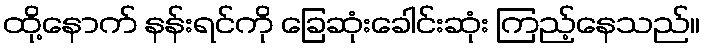
ထို့နောက် နန်းရင်ကို ခြေဆုံးခေါင်းဆုံး ကြည့်နေသည်။